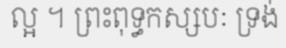
ល្អ ។ ព្រះពុទ្ធកស្សបៈ ទ្រង់